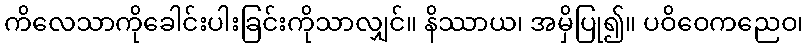
ကိလေသာကိုခေါင်းပါးခြင်းကိုသာလျှင်။ နိဿာယ၊ အမှိပြု၍။ ပဝိဝေကညေဝ၊